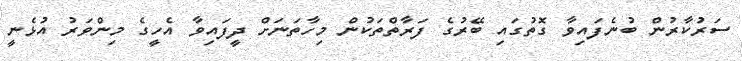
ސަރުކާރުން ބުނެފައިވާ ގޮތުގައި ބޭރުގެ ފަރާތްތަކުން މިހާތަނަށް ދީފައިވާ އެހީގެ މިންވަރު އުޅެނީ